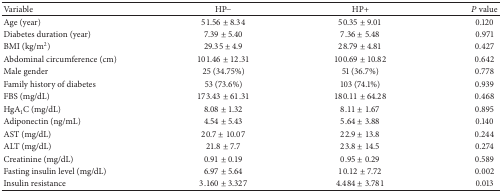
<table><thead><tr><td><b>Variable</b></td><td><b>HP−</b></td><td><b>HP+</b></td><td><b><i>P</i> value</b></td></tr></thead><tbody><tr><td>Age (year)</td><td>51.56 ± 8.34</td><td>50.35 ± 9.01</td><td>0.120</td></tr><tr><td>Diabetes duration (year)</td><td>7.39 ± 5.40</td><td>7.36 ± 5.48</td><td>0.971</td></tr><tr><td>BMI (kg/m<sup>2</sup>)</td><td>29.35 ± 4.9</td><td>28.79 ± 4.81</td><td>0.427</td></tr><tr><td>Abdominal circumference (cm)</td><td>101.46 ± 12.31</td><td>100.69 ± 10.82</td><td>0.642</td></tr><tr><td>Male gender</td><td>25 (34.75%)</td><td>51 (36.7%)</td><td>0.778</td></tr><tr><td>Family history of diabetes</td><td>53 (73.6%)</td><td>103 (74.1%)</td><td>0.939</td></tr><tr><td>FBS (mg/dL)</td><td>173.43 ± 61.31</td><td>180.11 ± 64.28</td><td>0.468</td></tr><tr><td>HgA<sub>1</sub>C (mg/dL)</td><td>8.08 ± 1.32</td><td>8.11 ± 1.67</td><td>0.895</td></tr><tr><td>Adiponectin (ng/mL)</td><td>4.54 ± 5.43</td><td>5.64 ± 3.88</td><td>0.140</td></tr><tr><td>AST (mg/dL)</td><td>20.7 ± 10.07</td><td>22.9 ± 13.8</td><td>0.244</td></tr><tr><td>ALT (mg/dL)</td><td>21.8 ± 7.7</td><td>23.8 ± 14.5</td><td>0.274</td></tr><tr><td>Creatinine (mg/dL)</td><td>0.91 ± 0.19</td><td>0.95 ± 0.29</td><td>0.589</td></tr><tr><td>Fasting insulin level (mg/dL)</td><td>6.97 ± 5.64</td><td>10.12 ± 7.72</td><td>0.002</td></tr><tr><td>Insulin resistance </td><td>3.160 ± 3.327</td><td>4.484 ± 3.781</td><td>0.013</td></tr></tbody></table>